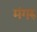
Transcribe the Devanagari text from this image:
मंगरु